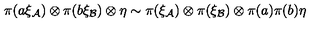
\pi ( a \xi _ { \cal A } ) \otimes \pi ( b \xi _ { \cal B } ) \otimes \eta \sim \pi ( \xi _ { \cal A } ) \otimes \pi ( \xi _ { \cal B } ) \otimes \pi ( a ) \pi ( b ) \eta